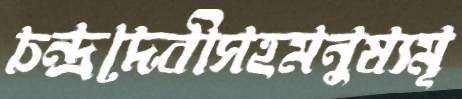
চন্দ্রদেবীসহমনুষ্যমূ